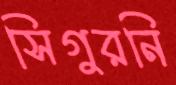
সিগুরনি